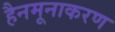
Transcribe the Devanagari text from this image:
हैनमूनाकरण